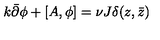
k \bar { \partial } \phi + [ A , \phi ] = \nu J \delta ( z , \bar { z } )